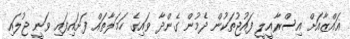
ޣައްޒާއަށް އިސްރާއީލީ ފައުޖުތަކުން ދެމުން ގެންދާ ވައިގެ ހަމަލާތައް ފަށައިފައި ވަނީ ޖުލައި